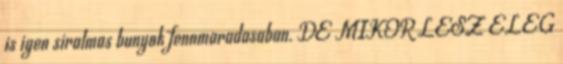
is igen siralmas bunyok fennmaradasaban. DE MIKOR LESZ ELEG